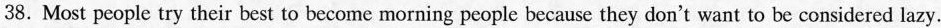
38. Most people try their best to become morning people because they don't want to be considered lazy.